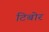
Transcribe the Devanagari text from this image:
टिबोर